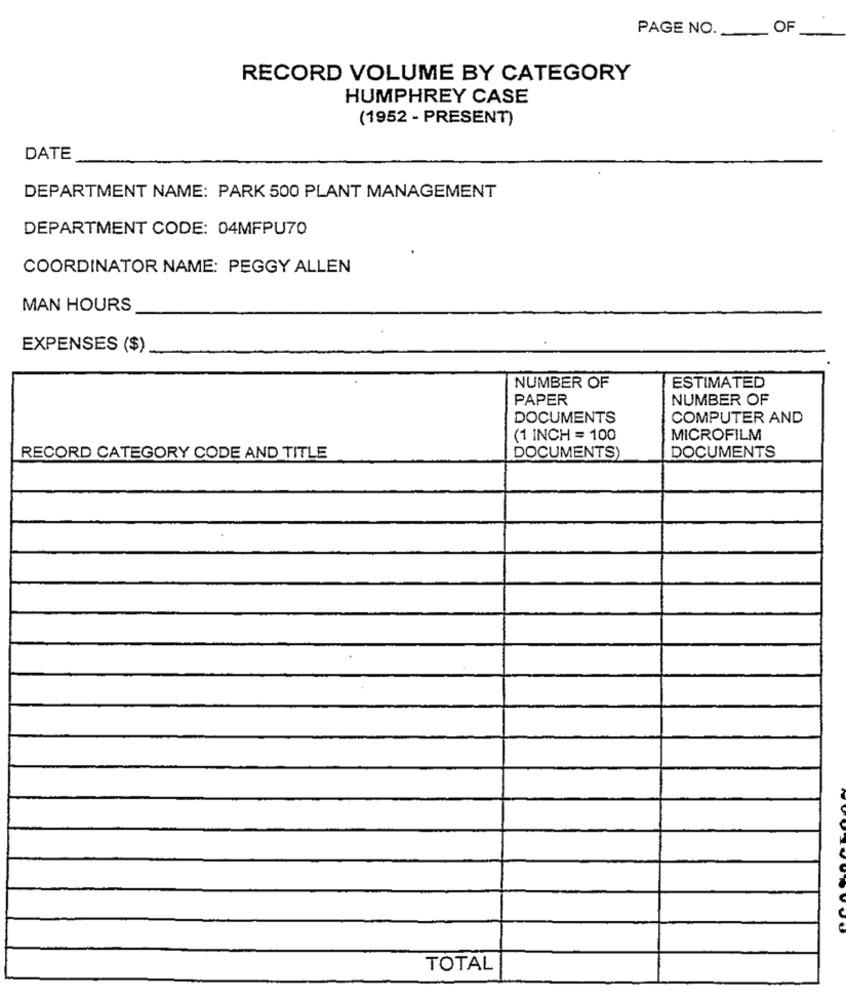
PAGE NO. OF
RECORD VOLUME BY CATEGORY
HUMPHREY CASE
(1952 - PRESENT)
DATE
DEPARTMENT NAME: PARK 500 PLANT MANAGEMENT
DEPARTMENT CODE: 04MFPU70
COORDINATOR NAME: PEGGY ALLEN
MAN HOURS
EXPENSES ($)
NUMBER OF
ESTIMATED
PAPER
NUMBER OF
DOCUMENTS
COMPUTER AND
(1 INCH = 100
MICROFILM
RECORD CATEGORY CODE AND TITLE
DOCUMENTS)
DOCUMENTS
TOTAL